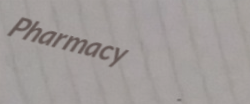
Pharmacy